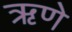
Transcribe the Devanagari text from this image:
ऋणे